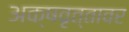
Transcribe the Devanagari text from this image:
अक्षवृत्तावर